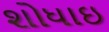
શોધાઇ